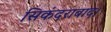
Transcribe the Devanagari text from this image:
सिकंदराबाद।